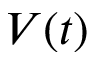
V ( t )